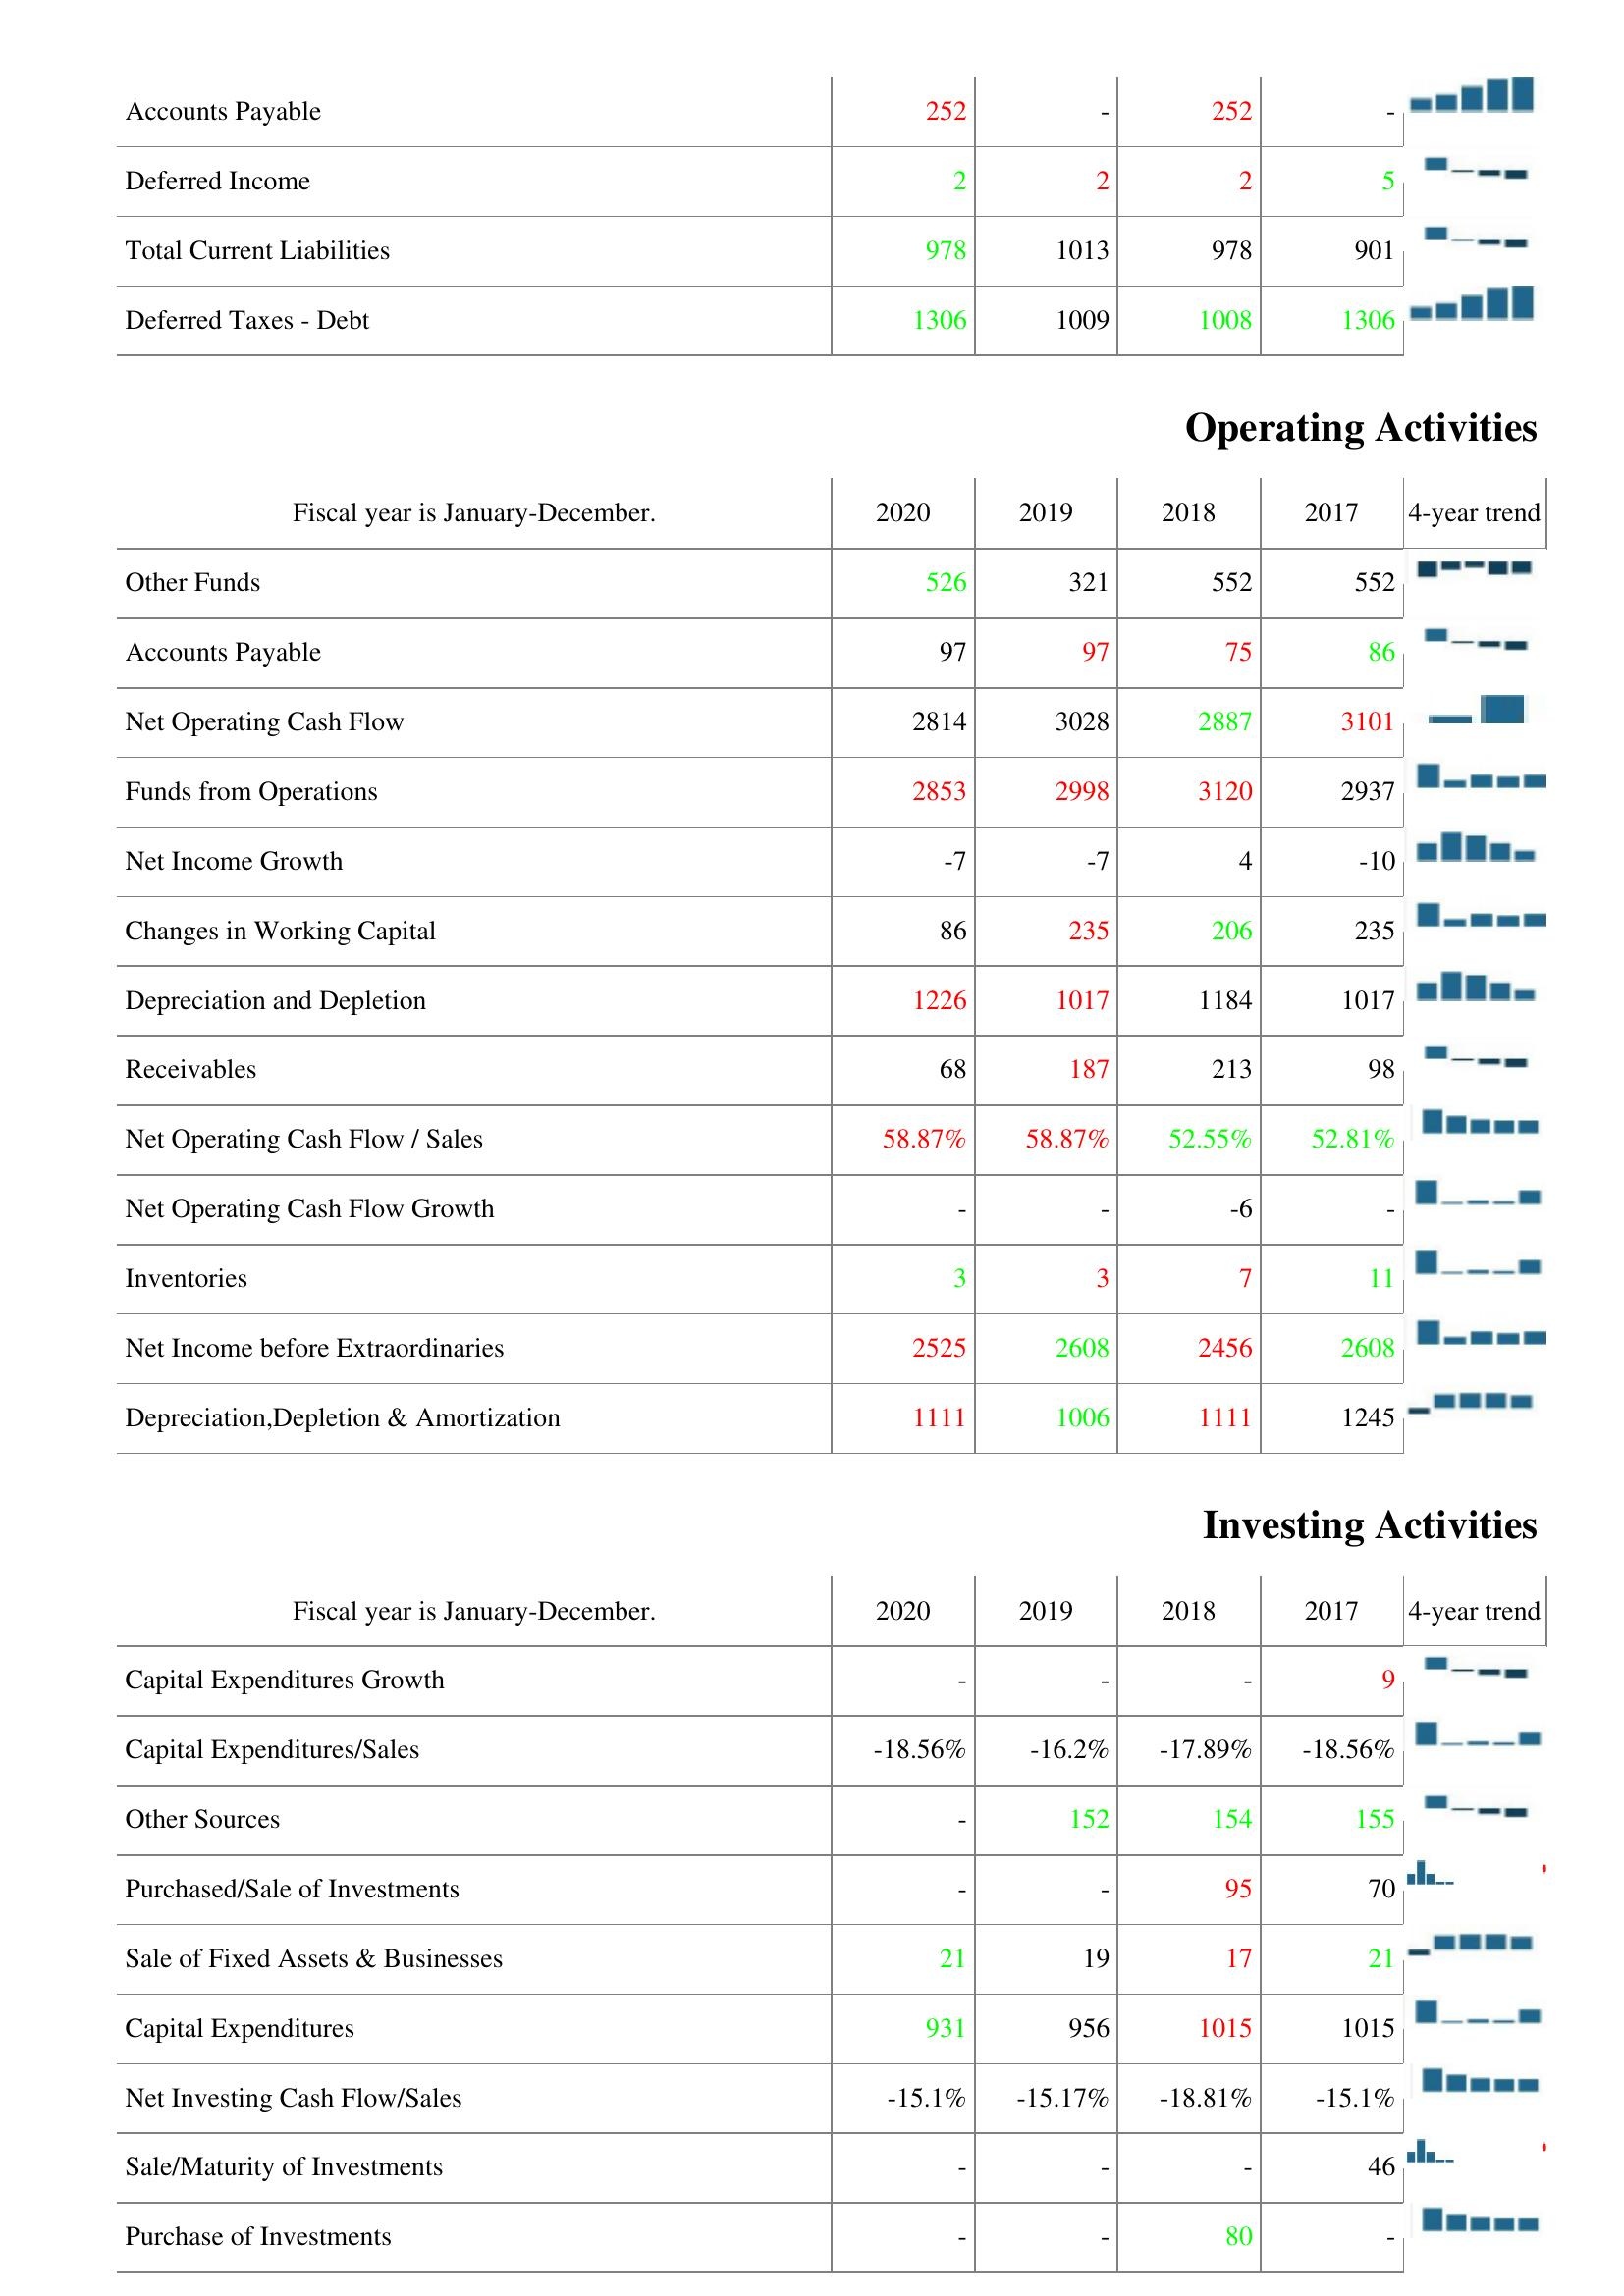
2020: Liabilities & Shareholder's Equity: Accounts Payable: 252
Deferred Income: 2
Total Current Liabilities: 978
Deferred Taxes - Debt: 1306
Operating Activities: Other Funds: 526
Accounts Payable: 97
Net Operating Cash Flow: 2814
Funds from Operations: 2853
Net Income Growth: -7
Changes in Working Capital: 86
Depreciation and Depletion: 1226
Receivables: 68
Net Operating Cash Flow / Sales: 58.87%
Net Operating Cash Flow Growth: -
Inventories: 3
Net Income before Extraordinaries: 2525
Depreciation,Depletion & Amortization: 1111
Investing Activities: Capital Expenditures Growth: -
Capital Expenditures/Sales: -18.56%
Other Sources: -
Purchased/Sale of Investments: -
Sale of Fixed Assets & Businesses: 21
Capital Expenditures: 931
Net Investing Cash Flow/Sales: -15.1%
Sale/Maturity of Investments: -
Purchase of Investments: -
2019: Liabilities & Shareholder's Equity: Accounts Payable: -
Deferred Income: 2
Total Current Liabilities: 1013
Deferred Taxes - Debt: 1009
Operating Activities: Other Funds: 321
Accounts Payable: 97
Net Operating Cash Flow: 3028
Funds from Operations: 2998
Net Income Growth: -7
Changes in Working Capital: 235
Depreciation and Depletion: 1017
Receivables: 187
Net Operating Cash Flow / Sales: 58.87%
Net Operating Cash Flow Growth: -
Inventories: 3
Net Income before Extraordinaries: 2608
Depreciation,Depletion & Amortization: 1006
Investing Activities: Capital Expenditures Growth: -
Capital Expenditures/Sales: -16.2%
Other Sources: 152
Purchased/Sale of Investments: -
Sale of Fixed Assets & Businesses: 19
Capital Expenditures: 956
Net Investing Cash Flow/Sales: -15.17%
Sale/Maturity of Investments: -
Purchase of Investments: -
2018: Liabilities & Shareholder's Equity: Accounts Payable: 252
Deferred Income: 2
Total Current Liabilities: 978
Deferred Taxes - Debt: 1008
Operating Activities: Other Funds: 552
Accounts Payable: 75
Net Operating Cash Flow: 2887
Funds from Operations: 3120
Net Income Growth: 4
Changes in Working Capital: 206
Depreciation and Depletion: 1184
Receivables: 213
Net Operating Cash Flow / Sales: 52.55%
Net Operating Cash Flow Growth: -6
Inventories: 7
Net Income before Extraordinaries: 2456
Depreciation,Depletion & Amortization: 1111
Investing Activities: Capital Expenditures Growth: -
Capital Expenditures/Sales: -17.89%
Other Sources: 154
Purchased/Sale of Investments: 95
Sale of Fixed Assets & Businesses: 17
Capital Expenditures: 1015
Net Investing Cash Flow/Sales: -18.81%
Sale/Maturity of Investments: -
Purchase of Investments: 80
2017: Liabilities & Shareholder's Equity: Accounts Payable: -
Deferred Income: 5
Total Current Liabilities: 901
Deferred Taxes - Debt: 1306
Operating Activities: Other Funds: 552
Accounts Payable: 86
Net Operating Cash Flow: 3101
Funds from Operations: 2937
Net Income Growth: -10
Changes in Working Capital: 235
Depreciation and Depletion: 1017
Receivables: 98
Net Operating Cash Flow / Sales: 52.81%
Net Operating Cash Flow Growth: -
Inventories: 11
Net Income before Extraordinaries: 2608
Depreciation,Depletion & Amortization: 1245
Investing Activities: Capital Expenditures Growth: 9
Capital Expenditures/Sales: -18.56%
Other Sources: 155
Purchased/Sale of Investments: 70
Sale of Fixed Assets & Businesses: 21
Capital Expenditures: 1015
Net Investing Cash Flow/Sales: -15.1%
Sale/Maturity of Investments: 46
Purchase of Investments: -